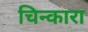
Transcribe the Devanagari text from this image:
चिन्कारा